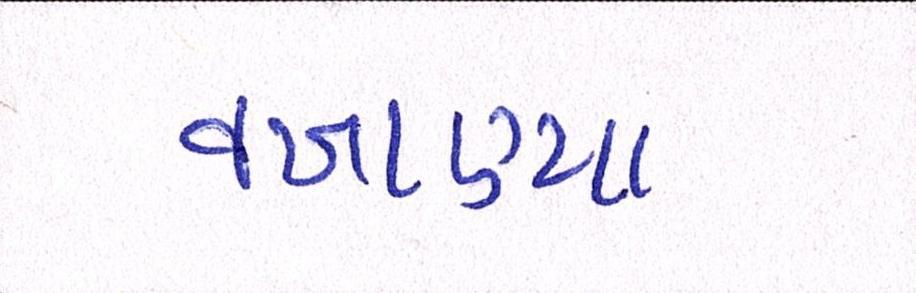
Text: વખાણ્યા